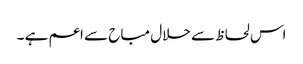
اس لحاظ سے حلال مباح سے اعم ہے ۔